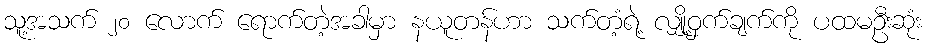
သူ့အသက် ၂၀ လောက် ရောက်တဲ့အခါမှာ နယူတန်ဟာ သက်တံ့ရဲ့ လျှို့ဝှက်ချက်ကို ပထမဦးဆုံး